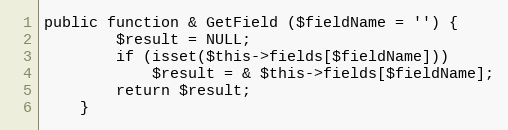
Language: PHP
public function & GetField ($fieldName = '') {
		$result = NULL;
		if (isset($this->fields[$fieldName]))
			$result = & $this->fields[$fieldName];
		return $result;
	}